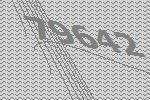
79642